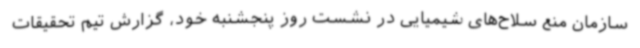
سازمان منع سلاح‌های شیمیایی در نشست روز پنجشنبه خود، گزارش تیم تحقیقات